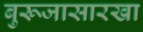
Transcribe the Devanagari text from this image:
बुरूजासारखा